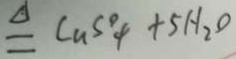
\Delta q C u S ^ { 0 } _ { 4 } + 5 H _ { 2 } O